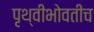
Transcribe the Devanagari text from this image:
पृथ्वीभोवतीच